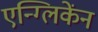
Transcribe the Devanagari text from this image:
एन्ग्लिकेंन